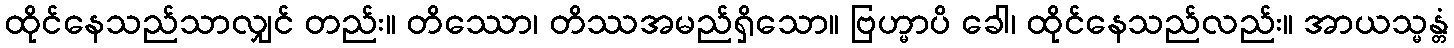
ထိုင်နေသည်သာလျှင် တည်း။ တိဿော၊ တိဿအမည်ရှိသော။ ဗြဟ္မာပိ ခေါ၊ ထိုင်နေသည်လည်း။ အာယသ္မန္တံ